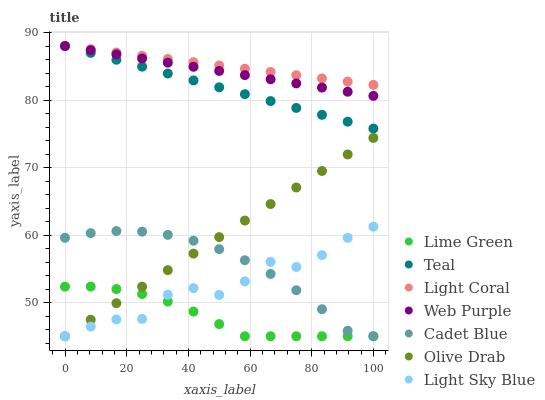
| xaxis_label | Lime Green | Teal | Light Coral | Web Purple | Cadet Blue | Olive Drab | Light Sky Blue |
 | --- | --- | --- | --- | --- | --- | --- | --- |
 | 0 | 52.3 | 88 | 88 | 88 | 59.6 | 45 | 45 |
 | 8.33 | 52.4 | 87 | 87.5 | 87.4 | 60.3 | 47.4 | 46.4 |
 | 16.7 | 52 | 86 | 87 | 86.8 | 60.6 | 49.9 | 47.5 |
 | 25 | 51.3 | 84.9 | 86.6 | 86.2 | 60.5 | 52.3 | 47.6 |
 | 33.3 | 50.1 | 83.9 | 86.1 | 85.5 | 60 | 54.8 | 51.2 |
 | 41.7 | 48.7 | 82.9 | 85.6 | 84.9 | 59.2 | 57.2 | 52.1 |
 | 50 | 46.8 | 81.9 | 85.1 | 84.3 | 57.9 | 59.7 | 51.1 |
 | 58.3 | 45 | 80.9 | 84.6 | 83.7 | 56.3 | 62.1 | 53.1 |
 | 66.7 | 45 | 79.8 | 84.2 | 83.1 | 54.2 | 64.6 | 56 |
 | 75 | 45 | 78.8 | 83.7 | 82.5 | 51.8 | 67 | 55.3 |
 | 83.3 | 45 | 77.8 | 83.2 | 81.8 | 49 | 69.5 | 57 |
 | 91.7 | 45 | 76.8 | 82.7 | 81.2 | 45.8 | 71.9 | 59.6 |
 | 100 | 45 | 75.8 | 82.2 | 80.6 | 45 | 74.4 | 61.2 |